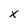
Character: x